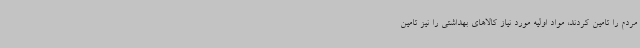
مردم را تامین کردند، مواد اولیه مورد نیاز کالاهای بهداشتی را نیز تامین